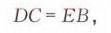
\(DC = EB\)